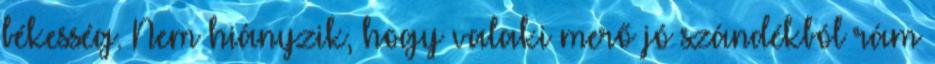
békesség. Nem hiányzik, hogy valaki merő jó szándékból rám